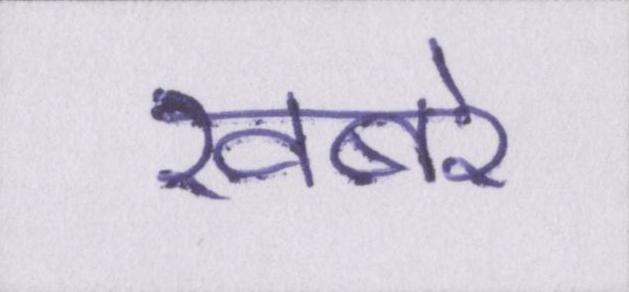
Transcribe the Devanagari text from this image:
खबरे